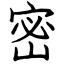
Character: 密